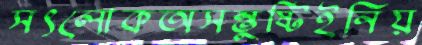
সৎলোকঅসন্তুষ্টিইনিয়